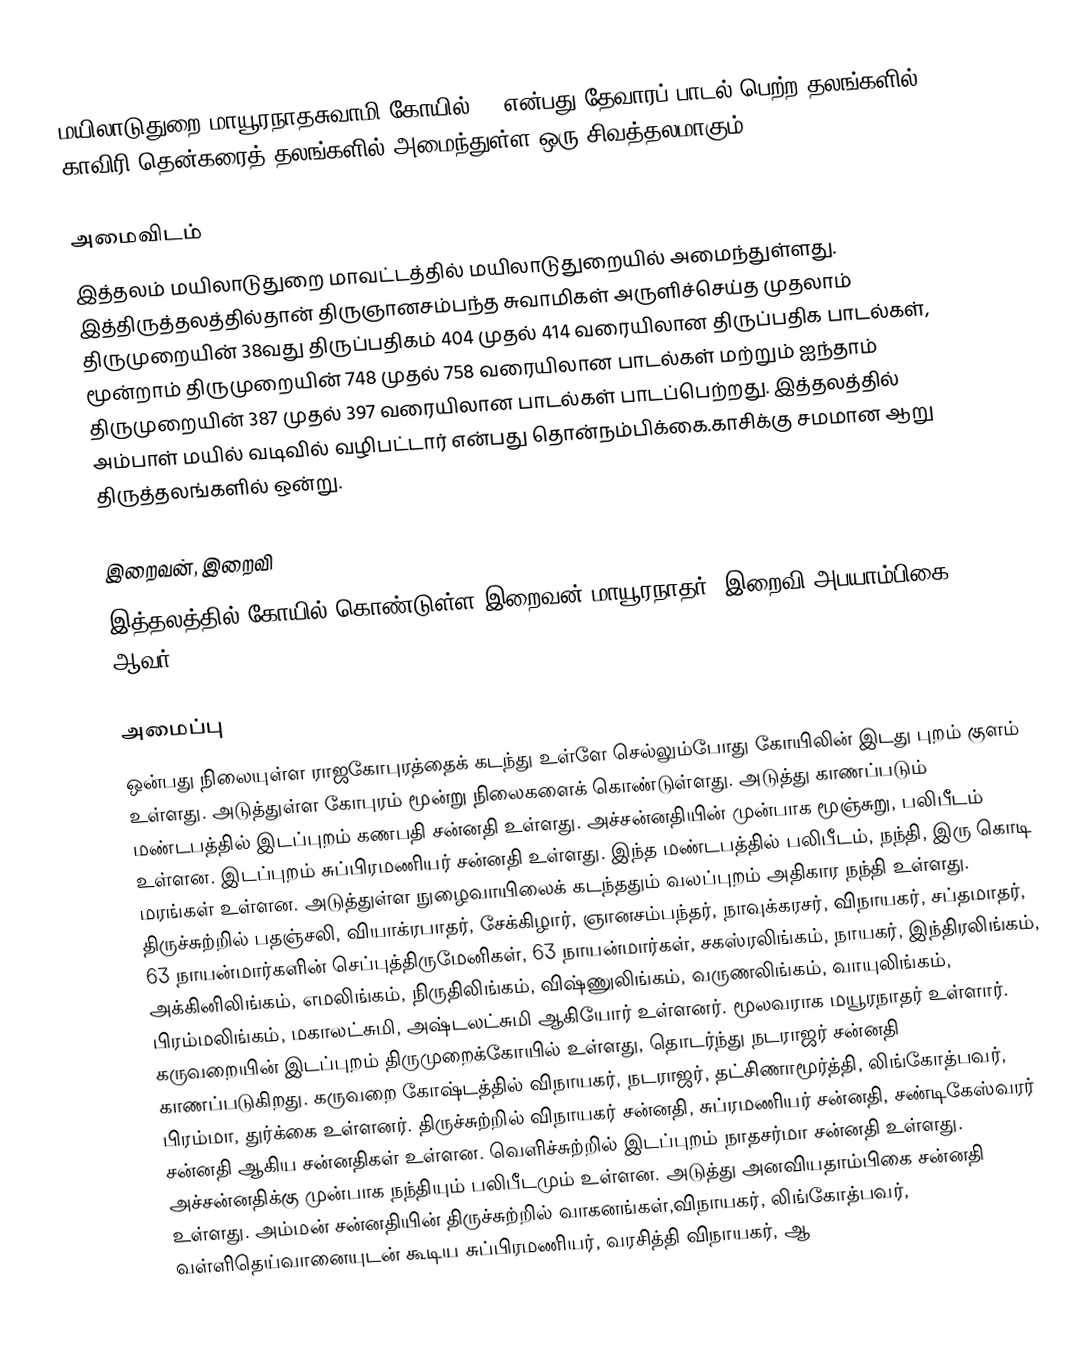
மயிலாடுதுறை மாயூரநாதசுவாமி கோயில் () என்பது தேவாரப் பாடல் பெற்ற தலங்களில் காவிரி தென்கரைத் தலங்களில் அமைந்துள்ள ஒரு சிவத்தலமாகும்.

அமைவிடம்
இத்தலம் மயிலாடுதுறை மாவட்டத்தில்  மயிலாடுதுறையில் அமைந்துள்ளது. இத்திருத்தலத்தில்தான் திருஞானசம்பந்த சுவாமிகள் அருளிச்செய்த முதலாம் திருமுறையின் 38வது திருப்பதிகம் 404 முதல் 414  வரையிலான  திருப்பதிக பாடல்கள், மூன்றாம்  திருமுறையின் 748 முதல் 758  வரையிலான  பாடல்கள் மற்றும் ஐந்தாம்  திருமுறையின் 387 முதல் 397  வரையிலான  பாடல்கள் பாடப்பெற்றது. இத்தலத்தில் அம்பாள் மயில் வடிவில் வழிபட்டார் என்பது தொன்நம்பிக்கை.காசிக்கு சமமான ஆறு திருத்தலங்களில் ஒன்று.

இறைவன், இறைவி
இத்தலத்தில் கோயில் கொண்டுள்ள இறைவன் மாயூரநாதர், இறைவி அபயாம்பிகை ஆவர்.

அமைப்பு
ஒன்பது நிலையுள்ள ராஜகோபுரத்தைக் கடந்து உள்ளே செல்லும்போது கோயிலின் இடது புறம் குளம் உள்ளது. அடுத்துள்ள கோபுரம் மூன்று நிலைகளைக் கொண்டுள்ளது. அடுத்து காணப்படும் மண்டபத்தில் இடப்புறம் கணபதி சன்னதி உள்ளது. அச்சன்னதியின் முன்பாக மூஞ்சுறு, பலிபீடம் உள்ளன. இடப்புறம் சுப்பிரமணியர் சன்னதி உள்ளது. இந்த மண்டபத்தில் பலிபீடம், நந்தி, இரு கொடி மரங்கள் உள்ளன. அடுத்துள்ள நுழைவாயிலைக் கடந்ததும் வலப்புறம் அதிகார நந்தி உள்ளது. திருச்சுற்றில் பதஞ்சலி, வியாக்ரபாதர், சேக்கிழார், ஞானசம்பந்தர், நாவுக்கரசர், விநாயகர், சப்தமாதர், 63 நாயன்மார்களின் செப்புத்திருமேனிகள், 63 நாயன்மார்கள், சகஸ்ரலிங்கம், நாயகர், இந்திரலிங்கம், அக்கினிலிங்கம், எமலிங்கம், நிருதிலிங்கம், விஷ்ணுலிங்கம், வருணலிங்கம், வாயுலிங்கம், பிரம்மலிங்கம், மகாலட்சுமி, அஷ்டலட்சுமி ஆகியோர் உள்ளனர். மூலவராக மயூரநாதர் உள்ளார். கருவறையின் இடப்புறம் திருமுறைக்கோயில் உள்ளது, தொடர்ந்து நடராஜர் சன்னதி காணப்படுகிறது. கருவறை கோஷ்டத்தில் விநாயகர், நடராஜர், தட்சிணாமூர்த்தி, லிங்கோத்பவர், பிரம்மா, துர்க்கை உள்ளனர். திருச்சுற்றில் விநாயகர் சன்னதி, சுப்ரமணியர் சன்னதி, சண்டிகேஸ்வரர் சன்னதி ஆகிய சன்னதிகள் உள்ளன. வெளிச்சுற்றில் இடப்புறம் நாதசர்மா சன்னதி உள்ளது. அச்சன்னதிக்கு முன்பாக நந்தியும் பலிபீடமும் உள்ளன. அடுத்து அனவியதாம்பிகை சன்னதி உள்ளது. அம்மன் சன்னதியின் திருச்சுற்றில் வாகனங்கள்,விநாயகர், லிங்கோத்பவர், வள்ளிதெய்வானையுடன் கூடிய சுப்பிரமணியர், வரசித்தி விநாயகர், ஆ